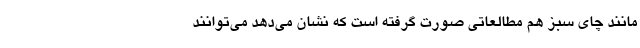
مانند چای سبز هم مطالعاتی صورت گرفته است که نشان می‌دهد می‌توانند